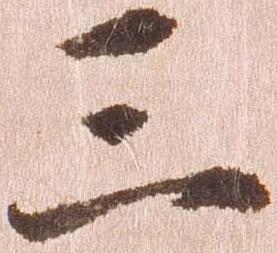
三